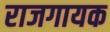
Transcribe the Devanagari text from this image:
राजगायक